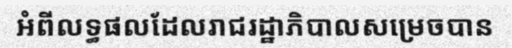
អំពីលទ្ធផលដែលរាជរដ្ឋាភិបាលសម្រេចបាន